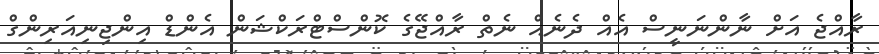
ރާއްޖެ އަށް ނާންނަނީސް އެއް ދެނެއް ނެތް ރާއްޖޭގެ ކޮންސްޓްރަކްޝަން އެންޑް އިންޖިނިއަރިންގް